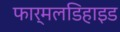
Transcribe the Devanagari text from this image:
फार्मलडिहाइड